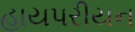
હાયપરીયન